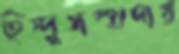
হিন্দুসম্প্রদায়